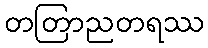
တတြာညတရဿ